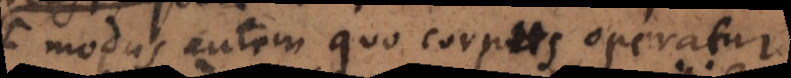
modus autem quo corpus operatur